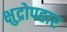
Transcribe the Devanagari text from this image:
क्षुद्रोपहार